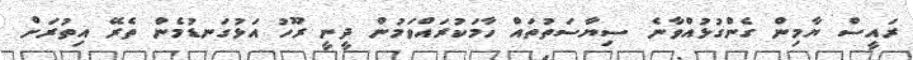
ރައީސް ޔާމިން ގެންގުޅުއްވާނެ ސިޔާސަތުތައް ހާމަކުރައްވަމުން ދީނީ ރޫހު އަޅުގަނޑުމެން ތެރޭ އިތުރަށް